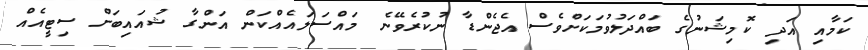
ކަމާއި އަދި ކޮމިޝަނުގެ ބައްދަލުވުމަކަށްވެސް އެޖެންޑާ ނުކުރެވޭނެ މައްސަލައެއްކަން އަންގާ ޝުއައިބަށް ސިޓީއެއް